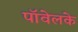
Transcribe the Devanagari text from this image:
पॉवेलके